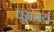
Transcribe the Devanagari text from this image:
धूम्रमय